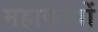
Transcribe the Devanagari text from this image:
महाकव्यों